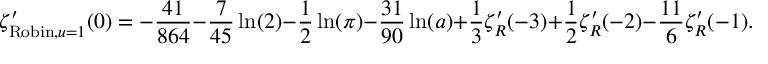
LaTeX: \zeta _ { { \mathrm { R o b i n } } , u = 1 } ^ { \prime } ( 0 ) = - { \frac { 4 1 } { 8 6 4 } } - { \frac { 7 } { 4 5 } } \ln ( 2 ) - { \frac { 1 } { 2 } } \ln ( \pi ) - { \frac { 3 1 } { 9 0 } } \ln ( a ) + { \frac { 1 } { 3 } } \zeta _ { R } ^ { \prime } ( - 3 ) + { \frac { 1 } { 2 } } \zeta _ { R } ^ { \prime } ( - 2 ) - { \frac { 1 1 } { 6 } } \zeta _ { R } ^ { \prime } ( - 1 ) .